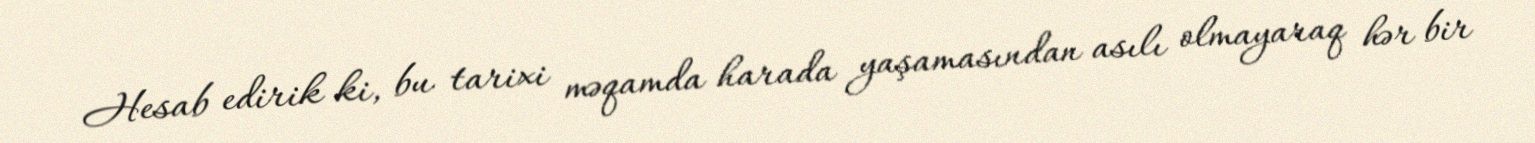
Hesab edirik ki, bu tarixi məqamda harada yaşamasından asılı olmayaraq hər bir